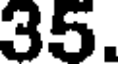
35.